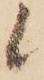
候